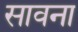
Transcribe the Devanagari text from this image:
सावना